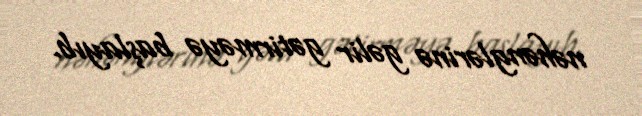
nəhənglərinə gəlir gətirməyə başlayıb.